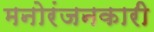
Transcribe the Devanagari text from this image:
मनोरंजनकारी